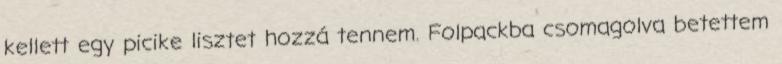
kellett egy picike lisztet hozzá tennem. Folpackba csomagolva betettem